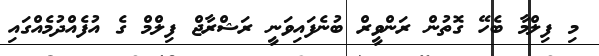
މި ފިލްމާ ބެހޭ ގޮތުން ރަންވީރް ބުނެފައިވަނީ ރަޝްރާޖް ފިލްމް ގެ އުފެއްދުމެއްގައި